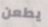
يطعن